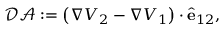
\mathcal { D A } : = \left( \nabla V _ { 2 } - \nabla V _ { 1 } \right) \cdot \hat { \mathbf { e } } _ { 1 2 } ,